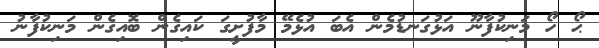
ޙޯ ހޯ މަނިކުފާނޫ އަޅުގަނޑުމެން އެބަ އުޅެމޭ މާފުށީގަ ކައިގެން ބޮއިގެން މަނިކުފާނު